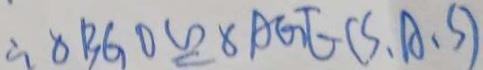
\therefore \Delta B G O \cong \Delta A G E ( S . A . S )